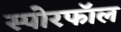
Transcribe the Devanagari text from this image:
स्पोरफॉल